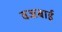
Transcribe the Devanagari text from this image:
वज्रबाई